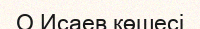
О.Исаев көшесі